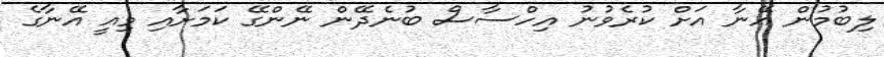
ލިބުމުން އޭނާ އަށް ކުރެވުނު އިހްސާސް ބުނެދޭން ނޭންގޭ ކަމަށާއި މިއީ އޭނާގެ